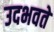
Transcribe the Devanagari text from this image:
उदभवते